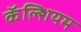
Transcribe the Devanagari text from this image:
कॅॅल्शियम